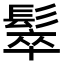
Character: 䯿